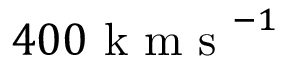
4 0 0 \mathrm { ~ k ~ m ~ s ~ } ^ { - 1 }